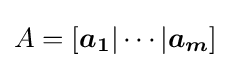
A=[{\boldsymbol {a_{1}}}|\cdots |{\boldsymbol {a_{m}}}]